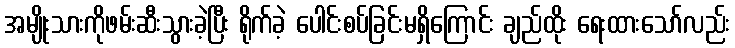
အမျိုးသားကိုဖမ်းဆီးသွားခဲ့ပြီး ရိုက်ခဲ့ ပေါင်းစပ်ခြင်းမရှိကြောင်း ချည်ထိုး ရေးထားသော်လည်း